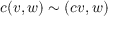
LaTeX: c ( v , w ) \sim ( c v , w )